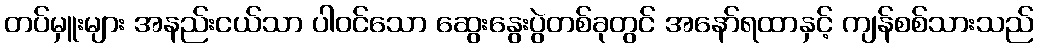
တပ်မှူးများ အနည်းငယ်သာ ပါဝင်သော ဆွေးနွေးပွဲတစ်ခုတွင် အနော်ရထာနှင့် ကျန်စစ်သားသည်